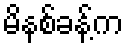
မိနစ်ခန့်က